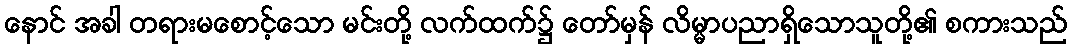
နောင် အခါ တရားမစောင့်သော မင်းတို့ လက်ထက်၌ တော်မှန် လိမ္မာပညာရှိသောသူတို့၏ စကားသည်